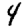
Digit: 4